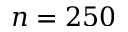
n = 2 5 0